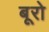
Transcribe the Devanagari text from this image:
बूरो